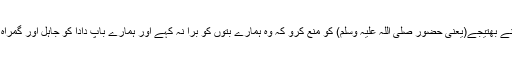
یا تو تم اپنے بھتیجے(یعنی حضور صلی اللہ علیہ وسلم) کو منع کرو کہ وہ ہمارے بتوں کو برا نہ کہے اور ہمارے باپ دادا کو جاہل اور گمراہ نہ بتائے۔